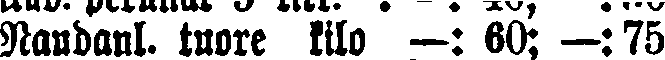
Naudanl. tuore kilo —: 60; —:75